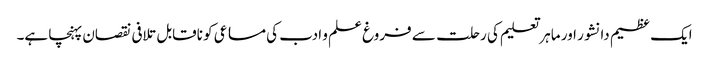
ایک عظیم دانشور اور ماہر تعلیم کی رحلت سے فروغ علم و ادب کی مساعی کو ناقابل تلافی نقصان پہنچا ہے۔